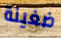
ضغينة